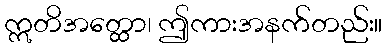
ဣတိအတ္ထော၊ ဤကားအနက်တည်း။